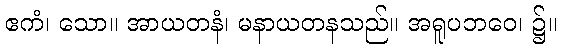
ဧကံ၊ သော။ အာယတနံ၊ မနာယတနသည်။ အရူပဘဝေ၊ ၌။